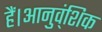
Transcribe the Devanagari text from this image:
हैं।आनुव्ंशिक